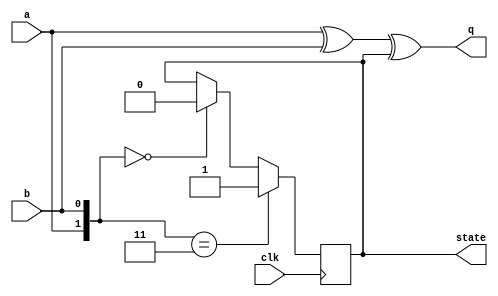
module top_module (
    input clk,
    input a,
    input b,
    output q,
    output state  );
    
    assign q = a^b^state;
    
    always @(posedge clk)
        if({a,b} == 2'd3)
            state <= 1;
    	else if({a,b} == 2'd0)
            state <= 0;
        else
            state <= state;
    
endmodule